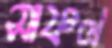
সাফল